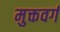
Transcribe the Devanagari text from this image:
मुक्तवर्ग